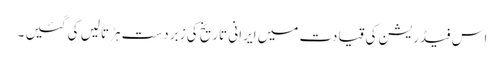
اس فیڈریشن کی قیادت میں ایرانی تاریخ کی زبردست ہڑتالیں کی گئیں ۔